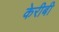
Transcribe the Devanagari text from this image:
केरीबी